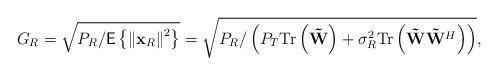
LaTeX: \begin{align*}G_{R}=\sqrt{P_{R}/\mathsf{E}\left\{ \left\Vert \mathbf{x}_{R}\right\Vert ^{2}\right\} }=\sqrt{P_{R}/\left(P_{T}\mathrm{Tr}\left(\mathbf{\tilde{W}}\right)+\sigma_{R}^{2}\mathrm{Tr}\left(\mbox{\ensuremath{\mathbf{\tilde{W}}}}\mathbf{\tilde{W}}^{H}\right)\right)},\end{align*}